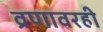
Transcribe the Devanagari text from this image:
व्रणावरही